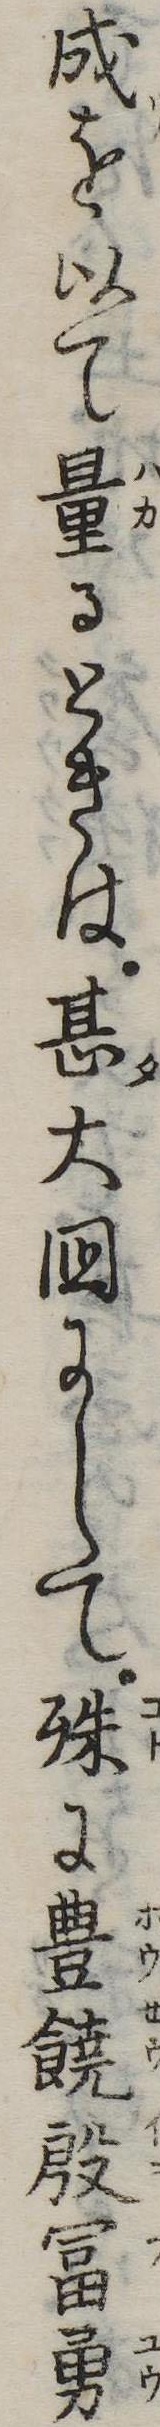
成を以て量るときは甚大国にして殊に豊饒殷富勇